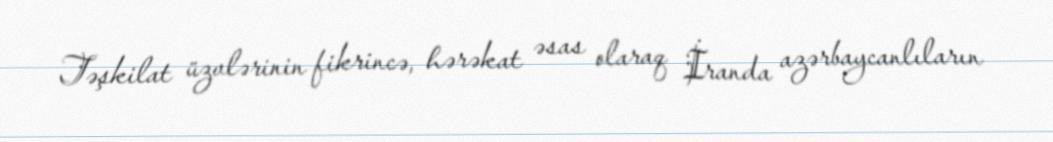
Təşkilat üzvlərinin fikrincə, hərəkat əsas olaraq İranda azərbaycanlıların